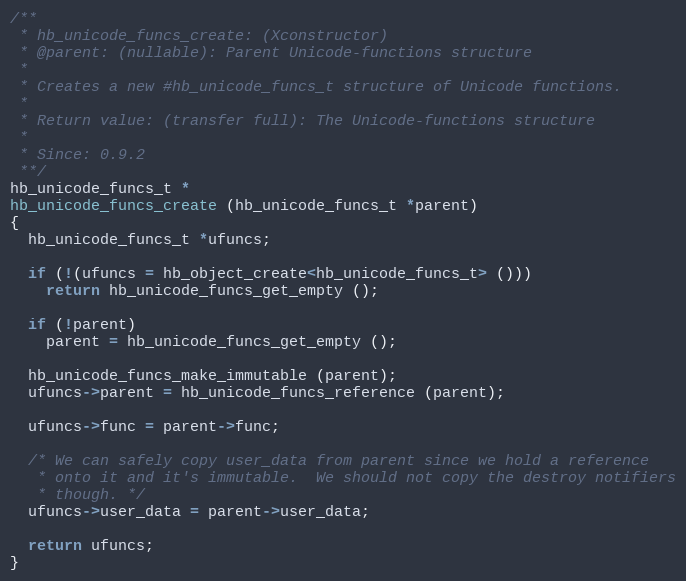
Language: C++
/**
 * hb_unicode_funcs_create: (Xconstructor)
 * @parent: (nullable): Parent Unicode-functions structure
 *
 * Creates a new #hb_unicode_funcs_t structure of Unicode functions.
 *
 * Return value: (transfer full): The Unicode-functions structure
 *
 * Since: 0.9.2
 **/
hb_unicode_funcs_t *
hb_unicode_funcs_create (hb_unicode_funcs_t *parent)
{
  hb_unicode_funcs_t *ufuncs;

  if (!(ufuncs = hb_object_create<hb_unicode_funcs_t> ()))
    return hb_unicode_funcs_get_empty ();

  if (!parent)
    parent = hb_unicode_funcs_get_empty ();

  hb_unicode_funcs_make_immutable (parent);
  ufuncs->parent = hb_unicode_funcs_reference (parent);

  ufuncs->func = parent->func;

  /* We can safely copy user_data from parent since we hold a reference
   * onto it and it's immutable.  We should not copy the destroy notifiers
   * though. */
  ufuncs->user_data = parent->user_data;

  return ufuncs;
}